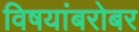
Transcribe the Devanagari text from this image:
विषयांबरोबर